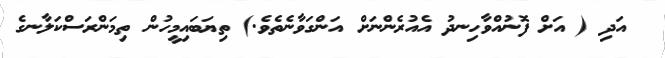
އަދި ( އަށް ފޮނުއްވާހިނދު އެއުރެންނަށް އަންގަވާނެތެވެ.) ތިޔަބައިމީހުން ތިމަންރަސްކަލާނގެ